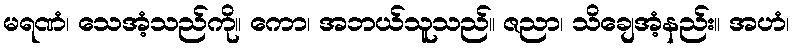
မရဏံ၊ သေအံ့သည်ကို။ ကော၊ အဘယ်သူသည်။ ဇညာ၊ သိချေအံ့နည်း။ အဟံ၊